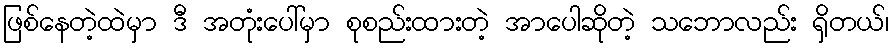
ဖြစ်နေတဲ့ထဲမှာ ဒီ အတုံးပေါ်မှာ စုစည်းထားတဲ့ အာပေါဆိုတဲ့ သဘောလည်း ရှိတယ်၊